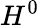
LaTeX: H^{0}